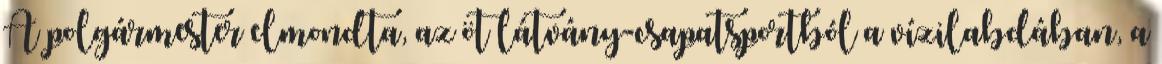
A polgármester elmondta, az öt látvány-csapatsportból a vízilabdában, a